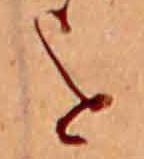
を